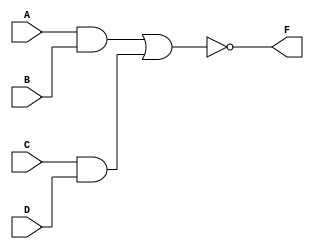
// " -  - "And - Or - Invert)
module AOI(A,B,C,D,F);
input A,B,C,D;
output F;
wire A,B,C,D,F;

assign F = ~((A & B) | (C & D));

endmodule